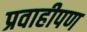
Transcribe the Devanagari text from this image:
प्रवाहीपण